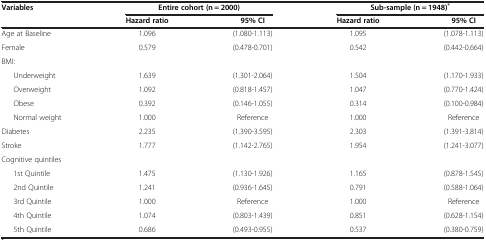
<table><thead><tr><td rowspan="2"><b>Variables</b></td><td colspan="2"><b>Entire cohort (n = 2000)</b></td><td colspan="2"><b>Sub-sample (n = 1948)<sup>*</sup></b></td></tr><tr><td><b>Hazard ratio</b></td><td><b>95% CI</b></td><td><b>Hazard ratio</b></td><td><b>95% CI</b></td></tr></thead><tbody><tr><td>Age at Baseline</td><td>1.096</td><td>(1.080-1.113)</td><td>1.095</td><td>(1.078-1.113)</td></tr><tr><td>Female</td><td>0.579</td><td>(0.478-0.701)</td><td>0.542</td><td>(0.442-0.664)</td></tr><tr><td colspan="5">BMI:</td></tr><tr><td>Underweight</td><td>1.639</td><td>(1.301-2.064)</td><td>1.504</td><td>(1.170-1.933)</td></tr><tr><td>Overweight</td><td>1.092</td><td>(0.818-1.457)</td><td>1.047</td><td>(0.770-1.424)</td></tr><tr><td>Obese</td><td>0.392</td><td>(0.146-1.055)</td><td>0.314</td><td>(0.100-0.984)</td></tr><tr><td>Normal weight</td><td>1.000</td><td>Reference</td><td>1.000</td><td>Reference</td></tr><tr><td>Diabetes</td><td>2.235</td><td>(1.390-3.595)</td><td>2.303</td><td>(1.391-3.814)</td></tr><tr><td>Stroke</td><td>1.777</td><td>(1.142-2.765)</td><td>1.954</td><td>(1.241-3.077)</td></tr><tr><td colspan="5">Cognitive quintiles</td></tr><tr><td>1st Quintile</td><td>1.475</td><td>(1.130-1.926)</td><td>1.165</td><td>(0.878-1.545)</td></tr><tr><td>2nd Quintile</td><td>1.241</td><td>(0.936-1.645)</td><td>0.791</td><td>(0.588-1.064)</td></tr><tr><td>3rd Quintile</td><td>1.000</td><td>Reference</td><td>1.000</td><td>Reference</td></tr><tr><td>4th Quintile</td><td>1.074</td><td>(0.803-1.439)</td><td>0.851</td><td>(0.628-1.154)</td></tr><tr><td>5th Quintile</td><td>0.686</td><td>(0.493-0.955)</td><td>0.537</td><td>(0.380-0.759)</td></tr></tbody></table>